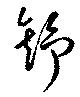
舒